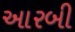
આરબી